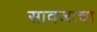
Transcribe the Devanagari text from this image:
सावजाचा